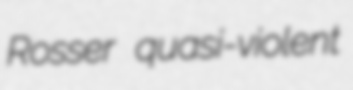
Rosser quasi-violent